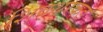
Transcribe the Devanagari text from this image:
शिवथरकडे